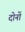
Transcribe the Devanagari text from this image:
दाेनाें